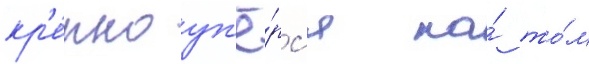
кр'е́пко уп'ё́рс'я на́ то́м